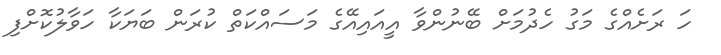
ހަ ރަށެއްގެ މަގު ހެދުމަށް ބޭނުންވާ އީއައިއޭގެ މަސައްކަތް ކުރަން ބަޔަކާ ހަވާލުކޮށްފި